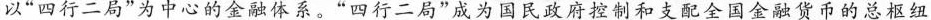
以”四行二局”为中心的金融体系。”四行二局”成为国民政府控制和支配全国金融货币的总枢纽